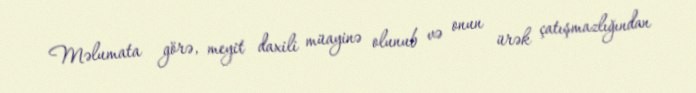
Məlumata görə, meyit daxili müayinə olunub və onun ürək çatışmazlığından